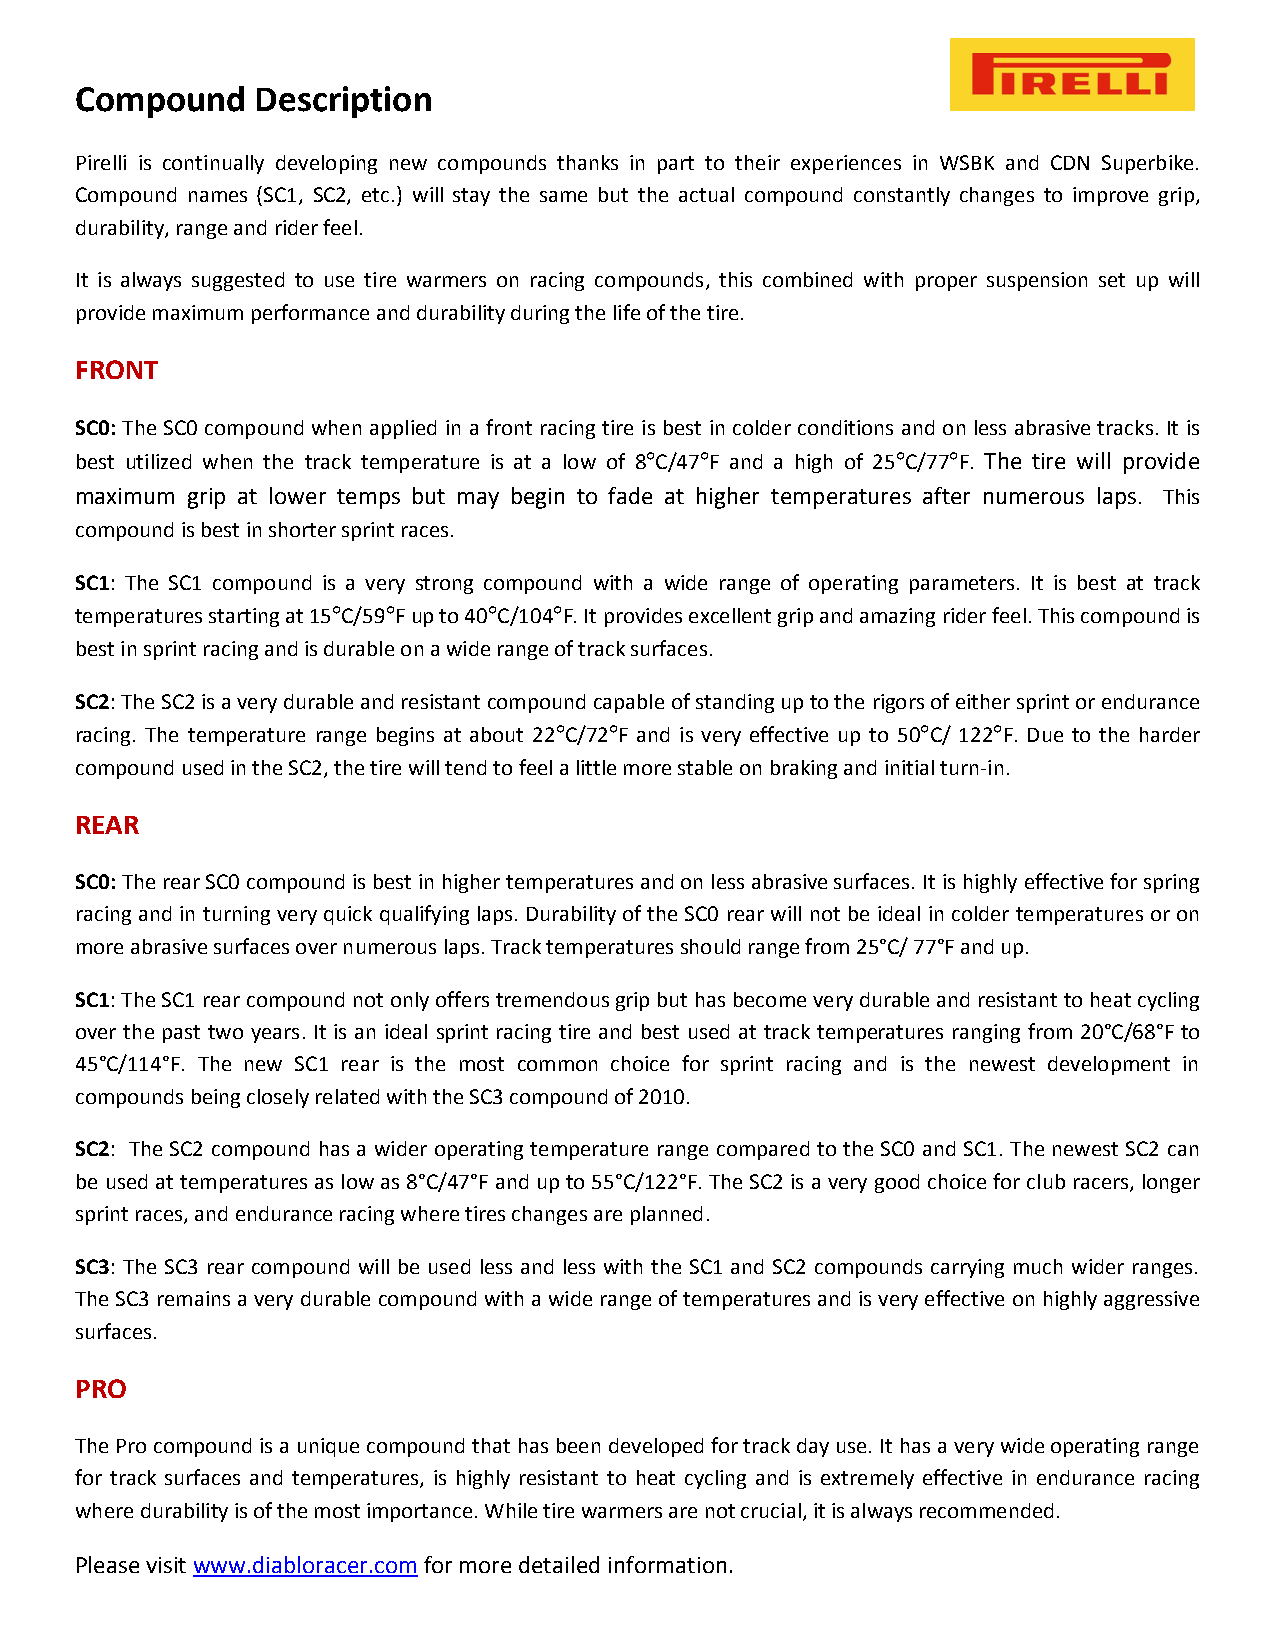
Compound    Description
 Pirelli is continually developing new compounds thanks in part to their experiences in WSBK and CDN Superbike.
 Compound names (SC1, SC2, etc.) will stay the same but the actual compound constantly changes to improve grip,
 durability, range and rider feel.
 It is always suggested to use tire warmers on racing compounds, this combined with proper suspension set up will
 provide maximum performance and durability during the life of the tire.
 FRONT
 SC0: The SC0 compound when applied in a front racing tire is best in colder conditions and on less abrasive tracks. It is
 best utilized when the track temperature is at a low of 8°C/47°F and a high of 25°C/77°F. The tire will provide
 maximum grip at lower temps but may begin to fade at higher temperatures after numerous laps. This
 compound is best in shorter sprint races.
 SC1: The SC1 compound is a very strong compound with a wide range of operating parameters. It is best at track
 temperatures starting at 15°C/59°F up to 40°C/104°F. It provides excellent grip and amazing rider feel. This compound is
 best in sprint racing and is durable on a wide range of track surfaces.
 SC2: The SC2 is a very durable and resistant compound capable of standing up to the rigors of either sprint or endurance
 racing. The temperature range begins at about 22°C/72°F and is very effective up to 50°C/ 122°F. Due to the harder
 compound used in the SC2, the tire will tend to feel a little more stable on braking and initial turn-in.
 REAR
 SC0: The rear SC0 compound is best in higher temperatures and on less abrasive surfaces. It is highly effective for spring
 racing and in turning very quick qualifying laps. Durability of the SC0 rear will not be ideal in colder temperatures or on
 more abrasive surfaces over numerous laps. Track temperatures should range from 25°C/ 77°F and up.
 SC1: The SC1 rear compound not only offers tremendous grip but has become very durable and resistant to heat cycling
 over the past two years. It is an ideal sprint racing tire and best used at track temperatures ranging from 20°C/68°F to
 45°C/114°F. The new SC1 rear is the most common choice for sprint racing and is the newest development in
 compounds being closely related with the SC3 compound of 2010.
 SC2: The SC2 compound has a wider operating temperature range compared to the SC0 and SC1. The newest SC2 can
 be used at temperatures as low as 8°C/47°F and up to 55°C/122°F. The SC2 is a very good choice for club racers, longer
 sprint races, and endurance racing where tires changes are planned.
 SC3: The SC3 rear compound will be used less and less with the SC1 and SC2 compounds carrying much wider ranges.
 The SC3 remains a very durable compound with a wide range of temperatures and is very effective on highly aggressive
 surfaces.
 PRO
 The Pro compound is a unique compound that has been developed for track day use. It has a very wide operating range
 for track surfaces and temperatures, is highly resistant to heat cycling and is extremely effective in endurance racing
 where durability is of the most importance. While tire warmers are not crucial, it is always recommended.
 Please visit www.diabloracer.com for more detailed information.